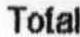
TOTAL